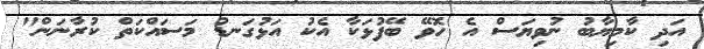
އަދި ކާމިޔާބު ނުވިޔަސް އެ ހޮވޭ ބޭފުޅަކާ އެކު އަޅުގަނޑު މަސައްކަތް ކުރާނަން"